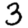
Digit: 3